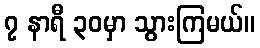
၇ နာရီ ၃၀မှာ သွားကြမယ်။